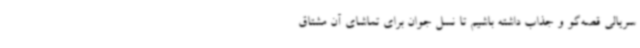
سریالی قصه‌گو و جذاب داشته باشیم تا نسل جوان برای تماشای آن مشتاق